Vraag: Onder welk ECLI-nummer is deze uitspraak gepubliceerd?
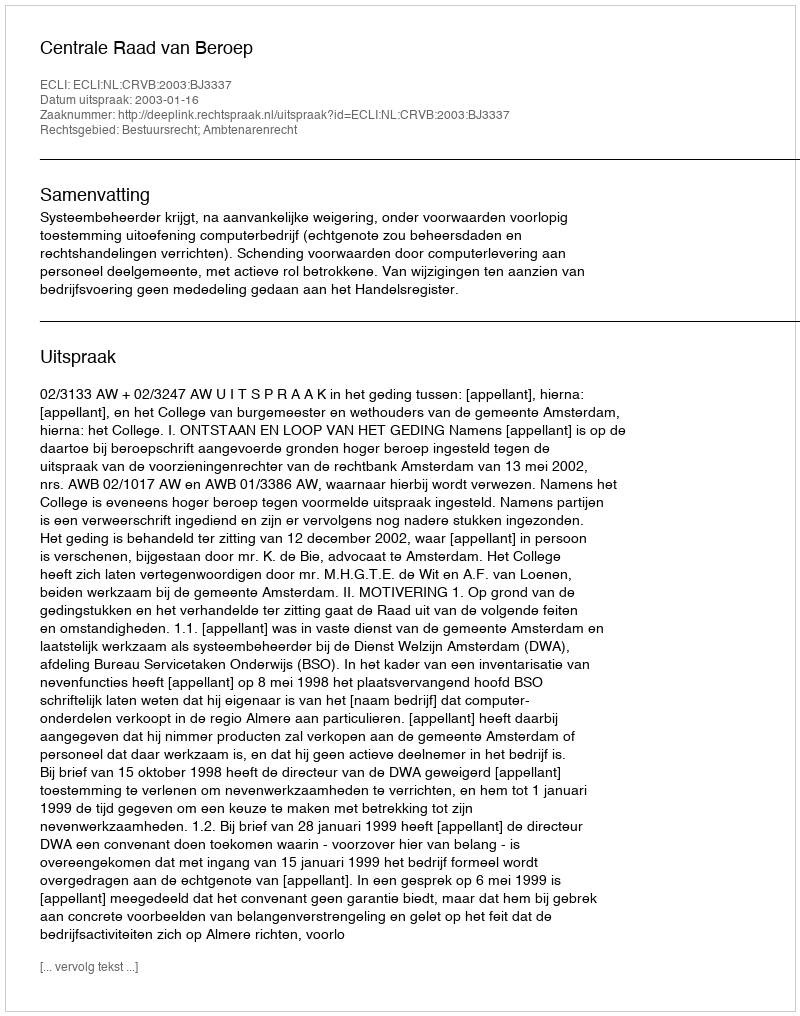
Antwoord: ECLI:NL:CRVB:2003:BJ3337